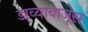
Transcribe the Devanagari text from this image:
डाव्याबाजूस